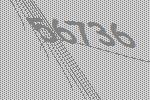
56736